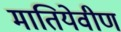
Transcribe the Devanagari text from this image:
मातियेवीण